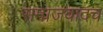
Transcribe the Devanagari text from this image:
समाजवादच